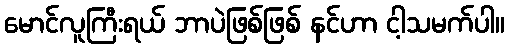
မောင်လူကြီးရယ် ဘာပဲဖြစ်ဖြစ် နင်ဟာ ငါ့သမက်ပါ။